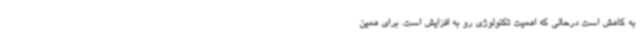
به کاهش است درحالی که اهمیت تکنولوژی رو به افزایش است. برای همین